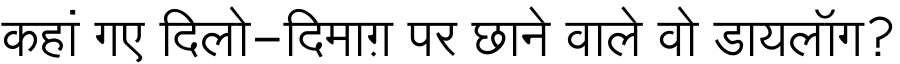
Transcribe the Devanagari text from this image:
कहां गए दिलो-दिमाग़ पर छाने वाले वो डायलॉग?